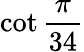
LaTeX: \cot{\frac{\pi}{34}}